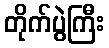
တိုက်ပွဲကြီး